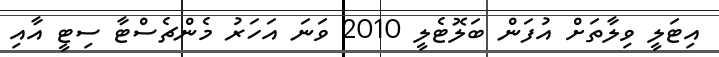
އިޓަލީ ވިލާތަށް އުފަން ބަލޮޓެލީ 2010 ވަނަ އަހަރު މެންޗެސްޓާ ސިޓީ އާއި